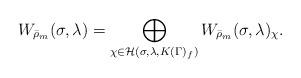
LaTeX: \begin{align*}W_{\bar{\rho}_m}(\sigma,\lambda)=\bigoplus_{\chi\in \mathcal{H}(\sigma,\lambda,K(\Gamma)_f)}W_{\bar{\rho}_m}(\sigma,\lambda)_{\chi}.\end{align*}